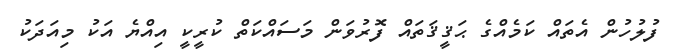
ފުލުހުން އެތައް ކަމެއްގެ ޙަޤީޤަތައް ފޮރުވަން މަސައްކަތް ކުރީކީ އިއްޔެ އަކު މިއަދަކު